Annual administration report of the Civil Veterinary Department of India - 1896-1897
Year: 1896
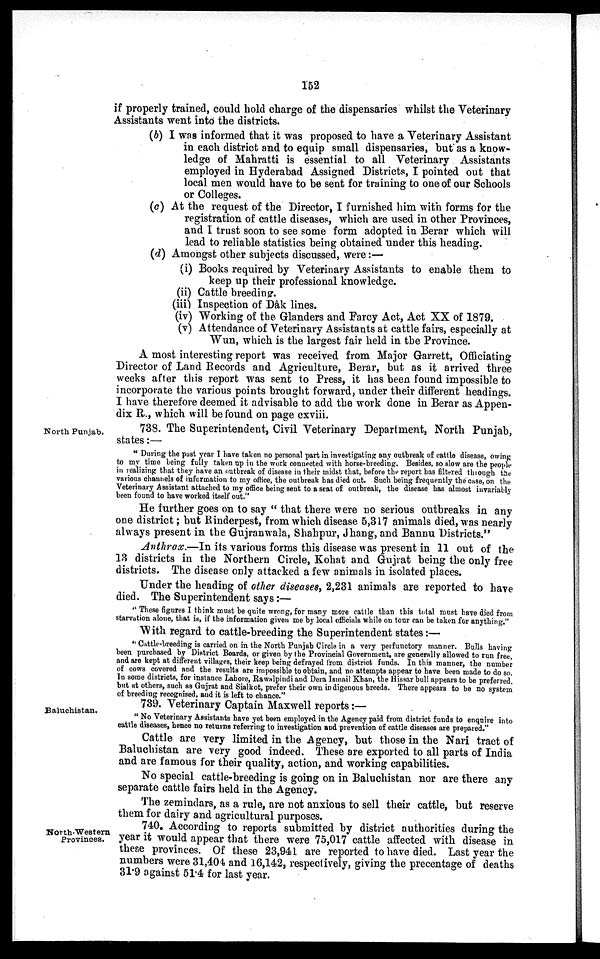
152
if properly trained, could hold charge of the dispensaries whilst the Veterinary
Assistants went into the districts.
(b) I was informed that it was proposed to have a Veterinary Assistant
in each district and to equip small dispensaries, but as a know-
ledge of Mahratti is essential to all Veterinary Assistants
employed in Hyderabad Assigned Districts, I pointed out that
local men would have to be sent for training to one of our Schools
or Colleges.
(c) At the request of the Director, I furnished him with forms for the
registration of cattle diseases, which are used in other Provinces,
and I trust soon to see some form adopted in Berar which will
lead to reliable statistics being obtained under this heading.
(d) Amongst other subjects discussed, were:—
(i) Books required by Veterinary Assistants to enable them to
keep up their professional knowledge.
(ii) Cattle breeding.
(iii) Inspection of Dâk lines.
(iv) Working of the Glanders and Farcy Act, Act XX of 1879.
(v) Attendance of Veterinary Assistants at cattle fairs, especially at
Wun, which is the largest fair held in the Province.
A most interesting report was received from Major Garrett, Officiating
Director of Land Records and Agriculture, Berar, but as it arrived three
weeks after this report was sent to Press, it has been found impossible to
incorporate the various points brought forward, under their different headings.
I have therefore deemed it advisable to add the work done in Berar as Appen-
dix R., which will be found on page cxviii.
North Punjab.
738. The Superintendent, Civil Veterinary Department, North Punjab,
states:—
"During the past year I have taken no personal part in investigating any outbreak of cattle disease, owing
to my time being fully taken up in the work connected with horse-breeding. Besides, so slow are the people
in realizing that they have an outbreak of disease in their midst that, before the report has filtered through the
various channels of information to my office, the outbreak has died out. Such being frequently the case, on the
Veterinary Assistant attached to my office being sent to a seat of outbreak, the disease has almost invariably
been found to have worked itself out."
He further goes on to say "that there were no serious outbreaks in any
one district; but Rinderpest, from which disease 5,317 animals died, was nearly
always present in the Gujranwala, Shahpur, Jhang, and Bannu Districts."
Anthrax.—In its various forms this disease was present in 11 out of the
13 districts in the Northern Circle, Kohat and Gujrat being the only free
districts. The disease only attacked a few animals in isolated places.
Under the heading of other diseases, 2,231 animals are reported to have
died. The Superintendent says:—
"These figures I think must be quite wrong, for many more cattle than this total must have died from
starvation alone, that is, if the information given me by local officials while on tour can be taken for anything."
With regard to cattle-breeding the Superintendent states:—
"Cattle-breeding is carried on in the North Punjab Circle in a very perfunctory manner. Bulls having
been purchased by District Boards, or given by the Provincial Government, are generally allowed to run free,
and are kept at different villages, their keep being defrayed from district funds. In this manner, the number
of cows covered and the results are impossible to obtain, and no attempts appear to have been made to do so.
In some districts, for instance Lahore, Rawalpindi and Dera Ismail Khan, the Hissar bull appears to be preferred,
but at others, such as Gujrat and Sialkot, prefer their own in digenous breeds. There appears to be no system
of breeding recognised, and it is left to chance."
Baluchistan.
739. Veterinary Captain Maxwell reports:—
"No Veterinary Assistants have yet been employed in the Agency paid from district funds to enquire into
cattle diseases, hence no returns referring to investigation and prevention of cattle diseases are prepared."
Cattle are very limited in the Agency, but those in the Nari tract of
Baluchistan are very good indeed. These are exported to all parts of India
and are famous for their quality, action, and working capabilities.
No special cattle-breeding is going on in Baluchistan nor are there any
separate cattle fairs held in the Agency.
The zemindars, as a rule, are not anxious to sell their cattle, but reserve
them for dairy and agricultural purposes.
North-Western
Provinces.
740. According to reports submitted by district authorities during the
year it would appear that there were 75,017 cattle affected with disease in
these provinces. Of these 23,941 are reported to have died. Last year the
numbers were 31,404 and 16,142, respectively, giving the precentage of deaths
31.9 against 51.4 for last year.